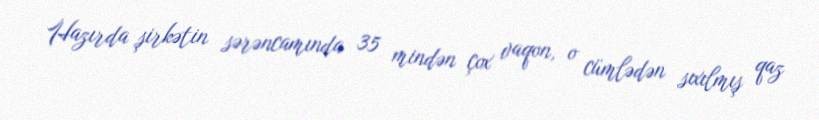
Hazırda şirkətin sərəncamında 35 mindən çox vaqon, o cümlədən sıxılmış qaz